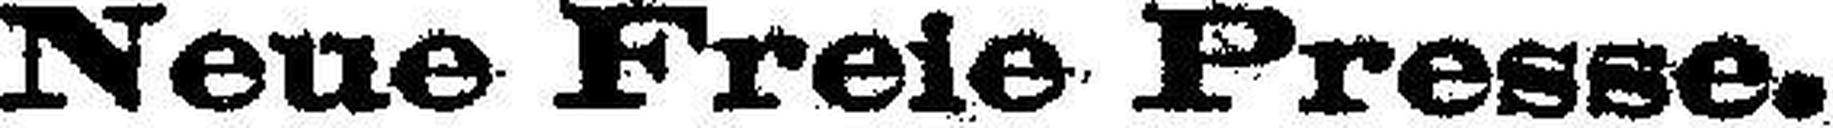
Neue Freie Presse.